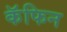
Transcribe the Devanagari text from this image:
कॅफिन